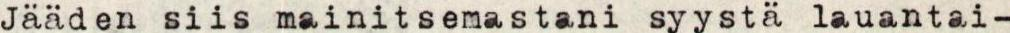
Jääden siis mainitsemastani syystä lauantai-